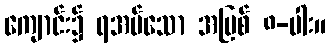
ကျောင်း၌ ရအပ်သော အပြစ် ၈-ပါး။